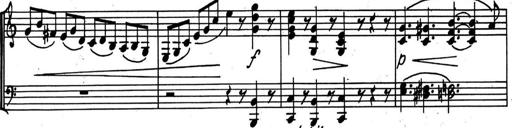
Title: Kleine Sonate
Composer: Raoul Koczalski
Key: C major